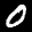
Label: 0